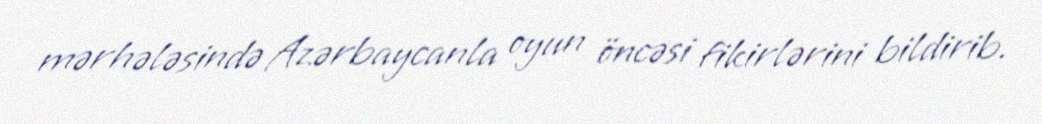
mərhələsində Azərbaycanla oyun öncəsi fikirlərini bildirib.